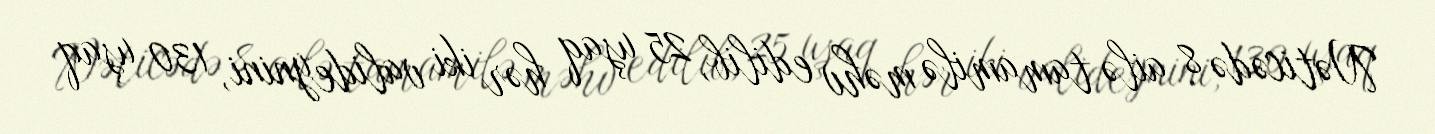
Nəticədə 8 ailə tamamilə məhv edilib, 25 uşaq hər iki valideynini, 130 uşaq